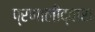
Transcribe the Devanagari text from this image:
प्रणालीद्वारा